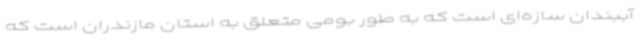
آببندان سازه‌ای است که به طور بومی متعلق به استان مازندران است که